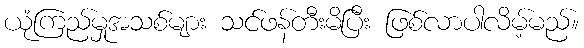
ယုံကြည်မှုအသစ်များ သင်ဖန်တီးမိပြီး ဖြစ်လာပါလိမ့်မည်။